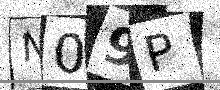
Text: N09P